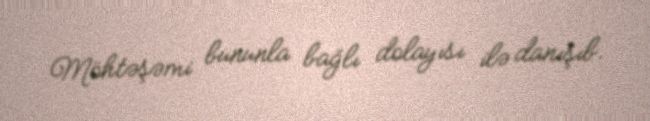
Möhtəşəmi bununla bağlı dolayısı ilə danışıb.